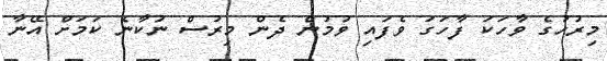
މިރުހުގެ ވާހަކަ ފާހަގަ ވެފައި ވުމުން ދެން މިރުސް ނުކާނެ ކަމަށް އޭނާ